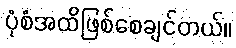
ပုံစံအထိဖြစ်စေချင်တယ်။